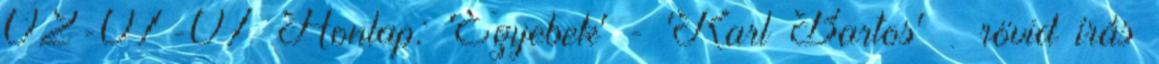
02-07-07 Honlap: 'Egyebek' - 'Karl Bartos' » rövid írás